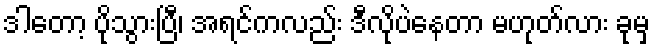
ဒါတော့ ပိုသွားပြီ၊ အရင်ကလည်း ဒီလိုပဲနေတာ မဟုတ်လား ခုမှ